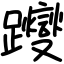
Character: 躞